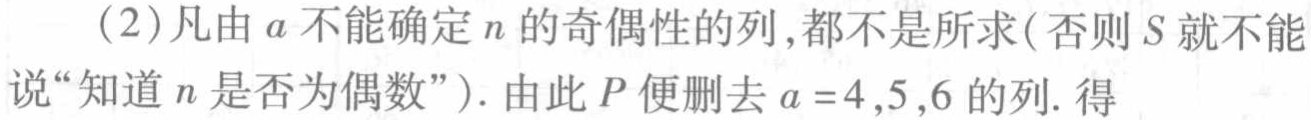
（2）凡由\(a\)不能确定\(n\)的奇偶性的列，都不是所求（否则\(S\)就不能说“知道\(n\)是否为偶数”）. 由此\(P\)便删去\(a = 4,5,6\)的列. 得